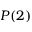
P ( 2 )